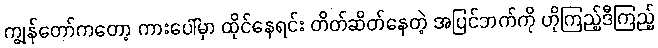
ကျွန်တော်ကတော့ ကားပေါ်မှာ ထိုင်နေရင်း တိတ်ဆိတ်နေတဲ့ အပြင်ဘက်ကို ဟိုကြည့်ဒီကြည့်